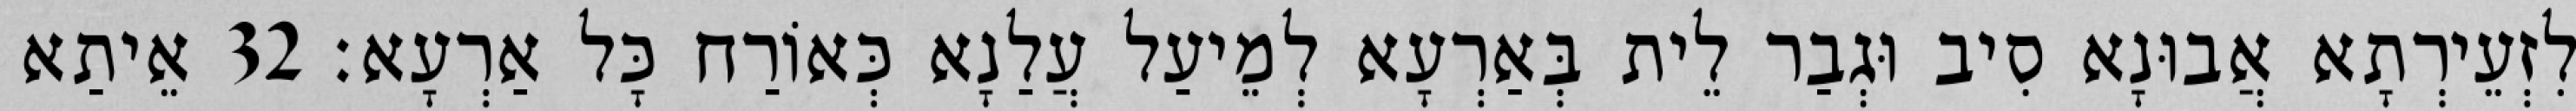
לִזְעֵירְתָא אֲבוּנָא סִיב וּגְבַר לֵית בְּאַרְעָא לְמֵיעַל עֲלַנָא כְּאוֹרַח כָּל אַרְעָא׃ 32 אֵיתַא